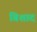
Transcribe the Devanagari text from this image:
बिशाद